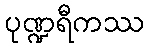
ပုဏ္ဍရီကဿ